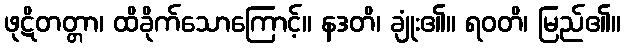
ဖုဋိတတ္တာ၊ ထိခိုက်သောကြောင့်။ နဒတိ၊ ချုံး၏။ ရဝတိ၊ မြည်၏။